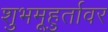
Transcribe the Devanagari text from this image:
शुभमूहुर्तावर